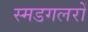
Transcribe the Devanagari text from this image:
स्मडगलरों